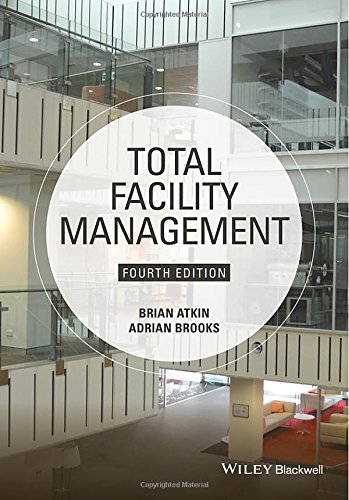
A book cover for Total Facility Management; Brian Atkin; Business & Money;